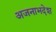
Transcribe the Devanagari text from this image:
अजनाभदेश